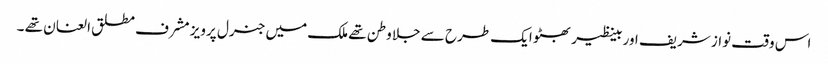
اس وقت نواز شریف اور بینظیر بھٹو ایک طرح سے جلا وطن تھے ملک میں جنرل پرویز مشرف مطلق العنان تھے ۔